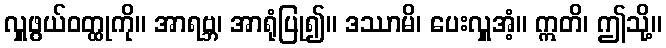
လှူဖွယ်ဝတ္ထုကို။ အာရဗ္ဘ၊ အာရုံပြု၍။ ဒဿာမိ၊ ပေးလှူအံ့။ ဣတိ၊ ဤသို့။